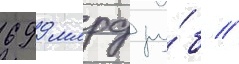
699 млрд ру́б //